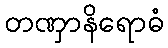
တဏှာနိရောဓံ